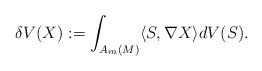
LaTeX: \begin{align*}\delta V(X):=\int_{A_m(M)}\langle S, \nabla X\rangle dV(S).\end{align*}